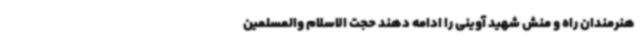
هنرمندان راه و منش شهید آوینی را ادامه دهند حجت الاسلام والمسلمین